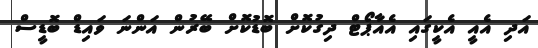
އަދި އެއީ އެކީގައި އެއާޕޯޓް ދިގުކޮށް ބޮޑުކޮށް ބޭރުން އަންނަ ވައިޑް ބޮޑީސް